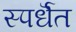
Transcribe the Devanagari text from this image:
स्पर्धॆत